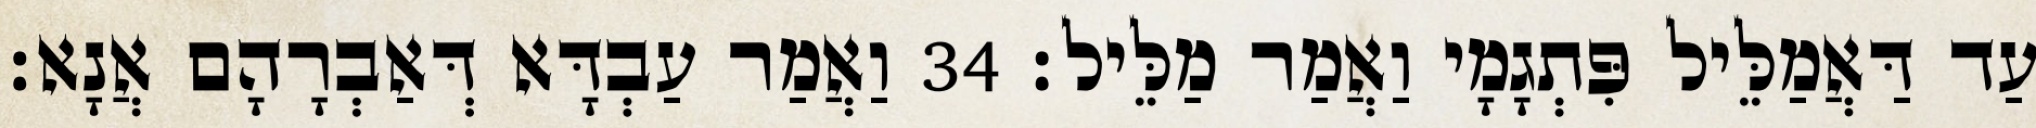
עַד דַּאֲמַלֵּיל פִּתְגָמָי וַאֲמַר מַלֵּיל׃ 34 וַאֲמַר עַבְדָּא דְּאַבְרָהָם אֲנָא׃